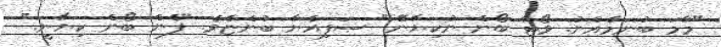
"މާމަ ބުނަމެއްނު. ވޯޓާ ބޯން ނުކިޔާނޭ." ޞަފިއްޔާ ބުންޏެވެ. "ފެން ބޯން ކިޔާނީ."